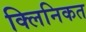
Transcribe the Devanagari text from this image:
क्लिनिकत